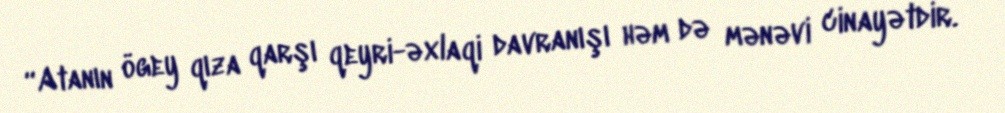
“Atanın ögey qıza qarşı qeyri-əxlaqi davranışı həm də mənəvi cinayətdir.